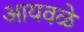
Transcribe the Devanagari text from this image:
आयवळे